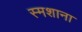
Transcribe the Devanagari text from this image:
स्मशाना